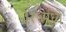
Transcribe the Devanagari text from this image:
३१५मध्ये